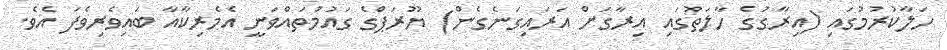
ހަލާކުރުމުގައި (އިރާގުގެ ހާލަތުގައި އިރާގަށް އަރައިގަނެގެން) ޔޫރަޕްގެ ގައުމުތައްވަނީ އެމެރިކާއާ ބައިވެރިވެފަ އެވެ.